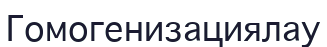
Гомогенизациялау